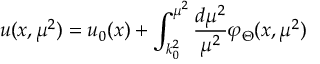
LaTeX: u ( x , \mu ^ { 2 } ) = u _ { 0 } ( x ) + \int _ { k _ { 0 } ^ { 2 } } ^ { \mu ^ { 2 } } \frac { d \mu ^ { 2 } } { \mu ^ { 2 } } \varphi _ { \Theta } ( x , \mu ^ { 2 } )